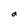
Character: o